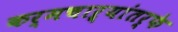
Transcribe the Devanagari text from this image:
कर्मचाऱ्यांतर्फे